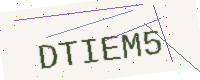
Text: DTIEM5